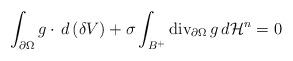
LaTeX: \begin{align*}\int_{\partial\Omega} g\cdot\, d\,(\delta V)+\sigma\int_{B^+} {\rm div}_{\partial\Omega} \,g\, d\mathcal H^{n}=0\end{align*}